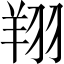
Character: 翔